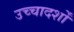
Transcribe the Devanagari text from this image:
उच्चादर्शों